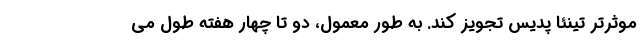
موثرتر تینئا پدیس تجویز کند. به طور معمول، دو تا چهار هفته طول می